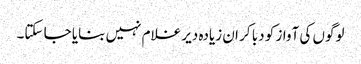
لوگوں کی آواز کو دبا کر ان زیادہ دیر غلام نہیں بنایا جا سکتا۔